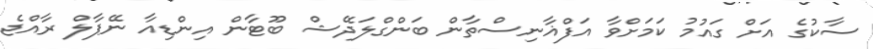
ސާކުގެ އަށް ގައުމު ކަމަށްވާ އަފްޣާނިސްތާން ބަންގްލަދޭޝް ބޫޓާން އިންޑިއާ ނޭޕާލް ރާއްޖެ